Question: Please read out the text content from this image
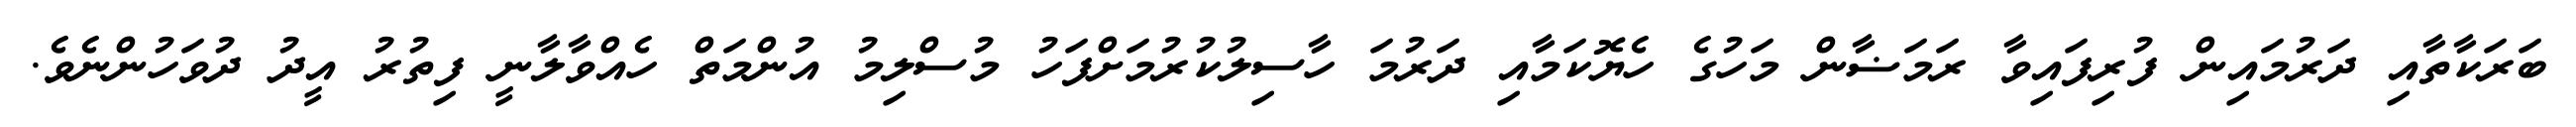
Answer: ބަރަކާތާއި ދަރުމައިން ފުރިފައިވާ ރަމަޟާން މަހުގެ ހެޔޮކަމާއި ދަރުމަ ހާސިލުކުރުމަށްފަހު މުސްލިމު އުންމަތް ހެއްވާލާނީ ފިތުރު އީދު ދުވަހުންނެވެ.